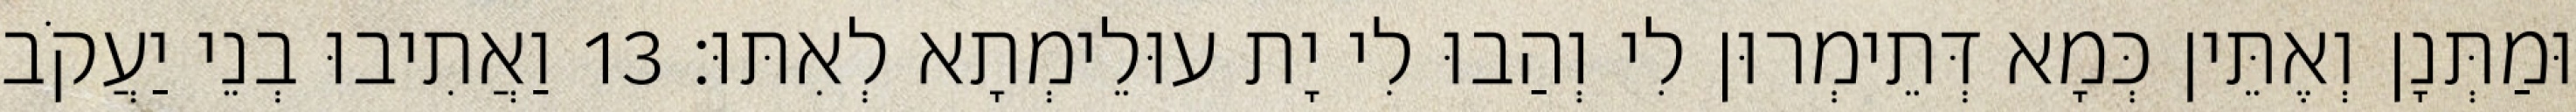
וּמַתְּנָן וְאֶתֵּין כְּמָא דְּתֵימְרוּן לִי וְהַבוּ לִי יָת עוּלֵימְתָא לְאִתּוּ׃ 13 וַאֲתִיבוּ בְנֵי יַעֲקֹב